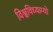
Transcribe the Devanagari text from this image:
विश्वविध्याम्यो